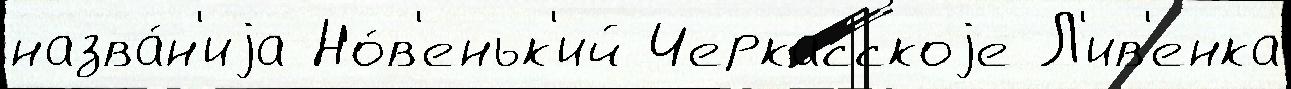
назва́н'иjа Но́в'еньк'ий Черкасскоjе Л'ив'енка